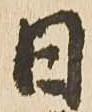
日